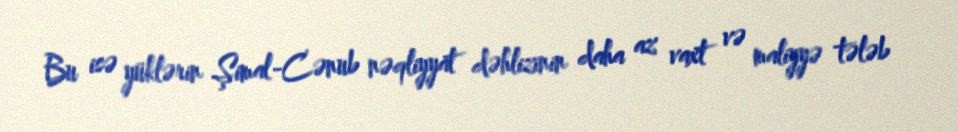
Bu isə yüklərin Şimal-Cənub nəqliyyat dəhlizinin daha az vaxt və maliyyə tələb